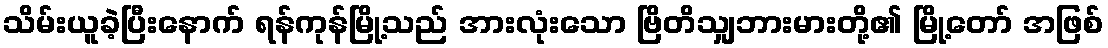
သိမ်းယူခဲ့ပြီးနောက် ရန်ကုန်မြို့သည် အားလုံးသော ဗြိတိသျှဘားမားတို့၏ မြို့တော် အဖြစ်